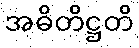
အဓိတိဋ္ဌတိ